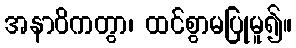
အနာဝိကတွာ၊ ထင်စွာမပြုမူ၍။